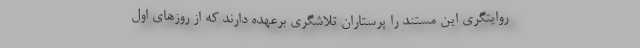
روایتگری این مستند را پرستاران تلاشگری برعهده دارند که از روزهای اول